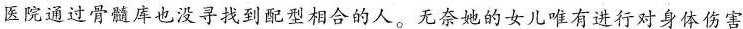
医院通过骨髓库也没寻找到配型相合的人。无奈她的女儿唯有进行对身体伤害